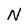
Character: N